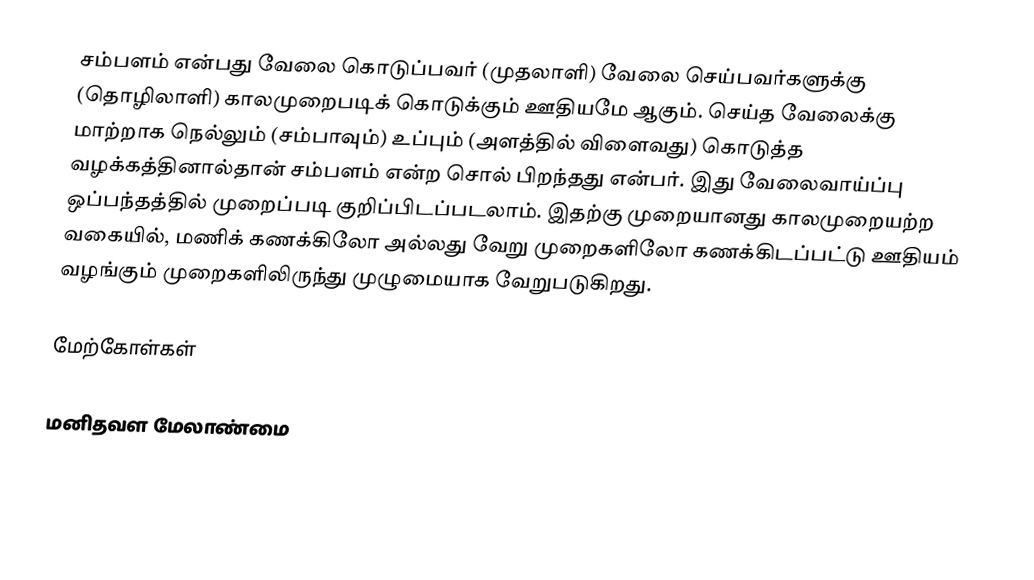
சம்பளம் என்பது வேலை கொடுப்பவர் (முதலாளி) வேலை செய்பவர்களுக்கு (தொழிலாளி) காலமுறைபடிக் கொடுக்கும் ஊதியமே ஆகும். செய்த வேலைக்கு மாற்றாக நெல்லும் (சம்பாவும்) உப்பும் (அளத்தில் விளைவது) கொடுத்த வழக்கத்தினால்தான் சம்பளம் என்ற சொல் பிறந்தது என்பர். இது வேலைவாய்ப்பு ஒப்பந்தத்தில் முறைப்படி குறிப்பிடப்படலாம். இதற்கு முறையானது காலமுறையற்ற வகையில், மணிக் கணக்கிலோ அல்லது வேறு முறைகளிலோ கணக்கிடப்பட்டு ஊதியம் வழங்கும் முறைகளிலிருந்து முழுமையாக வேறுபடுகிறது.

மேற்கோள்கள்

மனிதவள மேலாண்மை